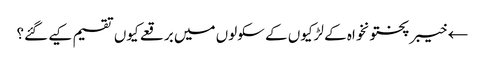
← خیبر پختونخواہ کے لڑکیوں کے سکولوں میں برقعے کیوں تقسیم کیے گئے؟